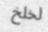
لخلخ